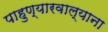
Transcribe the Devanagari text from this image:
पाहुण्यारवाल्याना